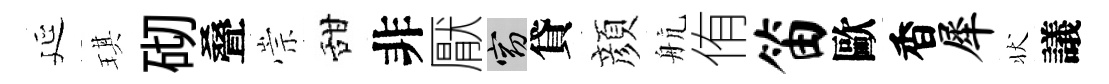
延琪砌叠崇甜非厭窈貸顔航侑笛歐香犀状議